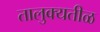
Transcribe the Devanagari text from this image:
तालुक्यतीळ